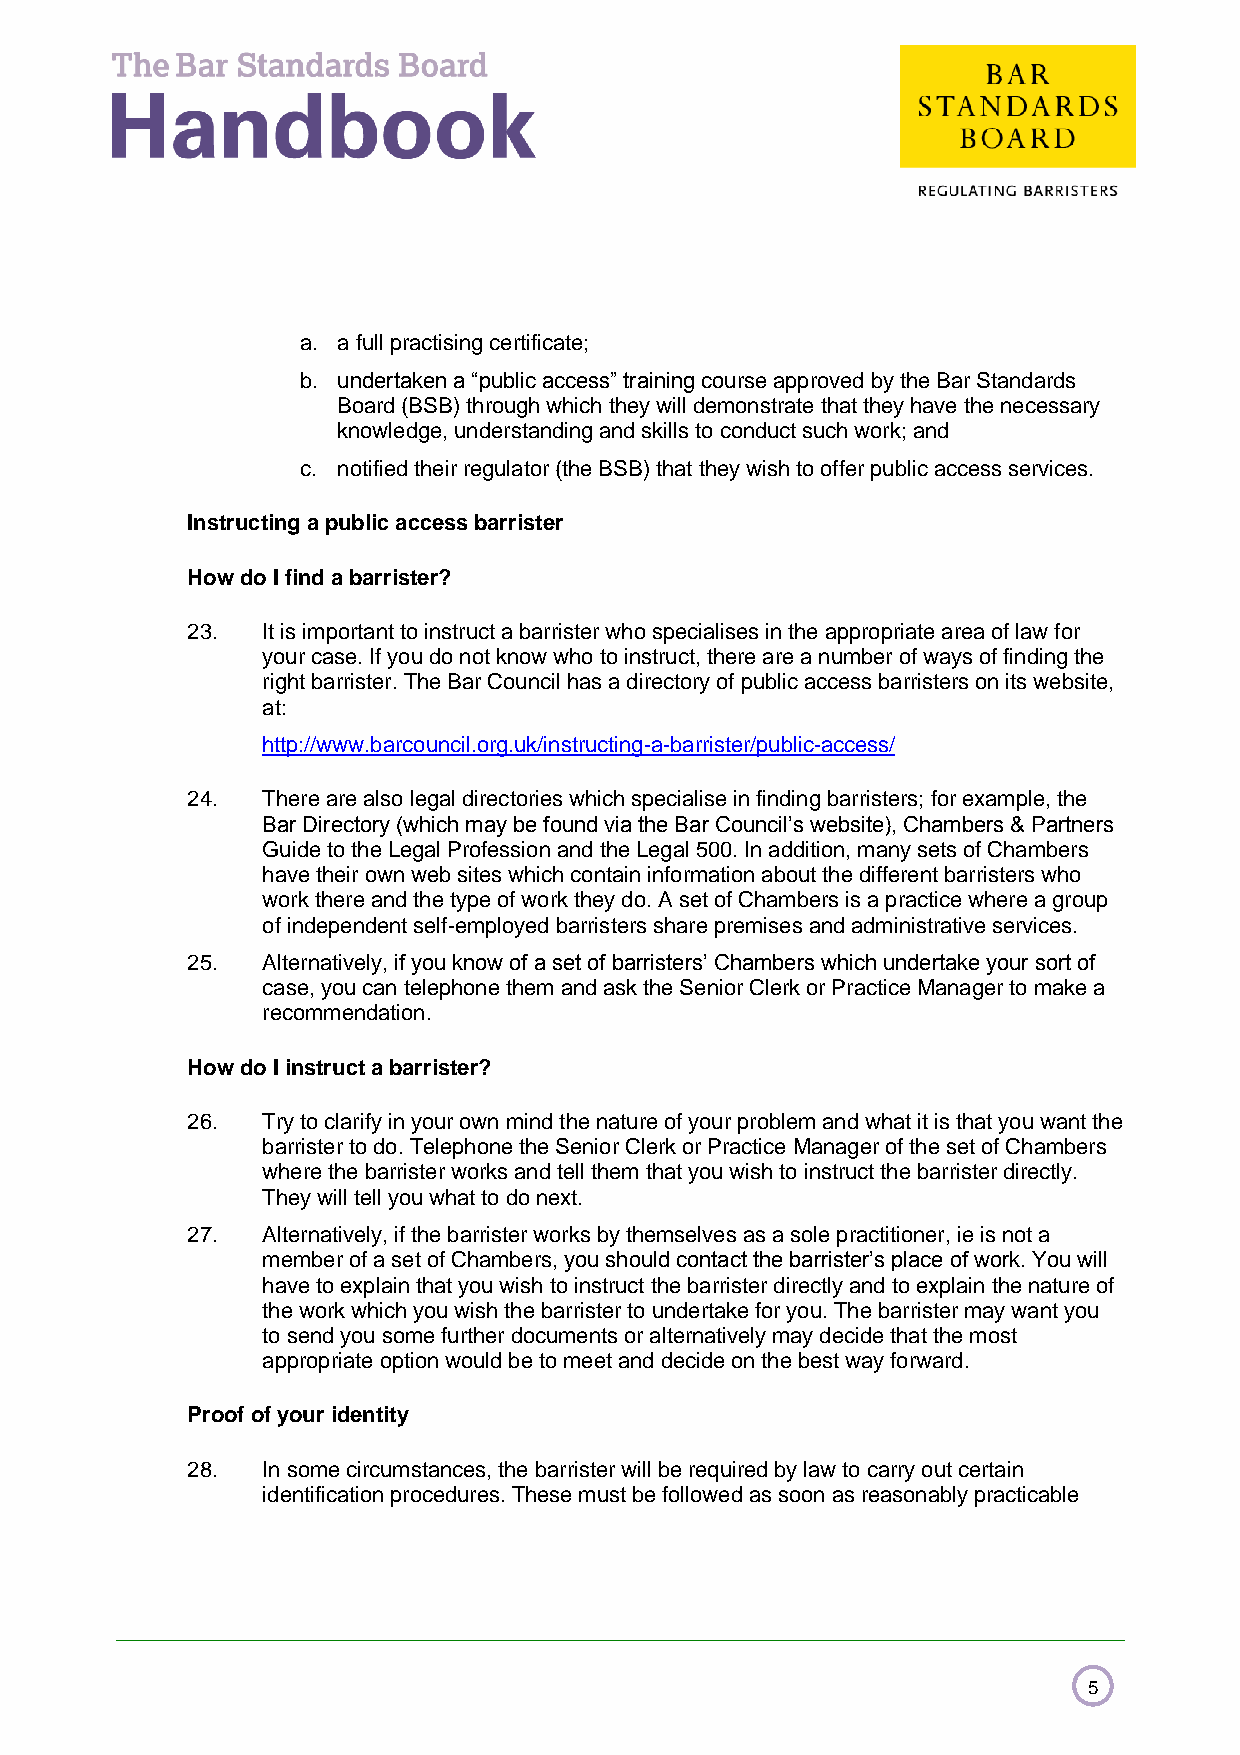
a. a full practising certificate;
 b. undertaken a “public access” training course approved by the Bar Standards
 Board (BSB) through which they will demonstrate that they have the necessary
 knowledge, understanding and skills to conduct such work; and
 c. notified their regulator (the BSB) that they wish to offer public access services.
 Instructing a public access barrister
 How do I find a barrister?
 23.  It is important to instruct a barrister who specialises in the appropriate area of law for
 your case. If you do not know who to instruct, there are a number of ways of finding the
 right barrister. The Bar Council has a directory of public access barristers on its website,
 at:
 http://www.barcouncil.org.uk/instructing-a-barrister/public-access/
 24.  There are also legal directories which specialise in finding barristers; for example, the
 Bar Directory (which may be found via the Bar Council’s website), Chambers & Partners
 Guide to the Legal Profession and the Legal 500. In addition, many sets of Chambers
 have their own web sites which contain information about the different barristers who
 work there and the type of work they do. A set of Chambers is a practice where a group
 of independent self-employed barristers share premises and administrative services.
 25.  Alternatively, if you know of a set of barristers’ Chambers which undertake your sort of
 case, you can telephone them and ask the Senior Clerk or Practice Manager to make a
 recommendation.
 How do I instruct a barrister?
 26.  Try to clarify in your own mind the nature of your problem and what it is that you want the
 barrister to do. Telephone the Senior Clerk or Practice Manager of the set of Chambers
 where the barrister works and tell them that you wish to instruct the barrister directly.
 They will tell you what to do next.
 27.  Alternatively, if the barrister works by themselves as a sole practitioner, ie is not a
 member of a set of Chambers, you should contact the barrister’s place of work. You will
 have to explain that you wish to instruct the barrister directly and to explain the nature of
 the work which you wish the barrister to undertake for you. The barrister may want you
 to send you some further documents or alternatively may decide that the most
 appropriate option would be to meet and decide on the best way forward.
 Proof of your identity
 28.  In some circumstances, the barrister will be required by law to carry out certain
 identification procedures. These must be followed as soon as reasonably practicable
 5